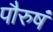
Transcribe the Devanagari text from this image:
पौरुषं